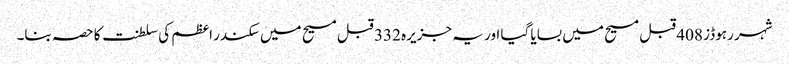
شہر رہوڈز 408 قبل مسیح میں بسایا گیا اور یہ جزیرہ 332 قبل مسیح میں سکندر اعظم کی سلطنت کا حصہ بنا۔